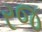
રજ